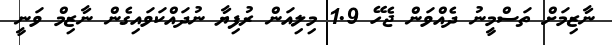
ނާޒިމަށް ތަސްމީނު ދެއްވަން ޖެހޭ 1.9 މިލިއަން ރުފިޔާ ނުދައްކަވައިގެން ނާޒިމް ވަނީ